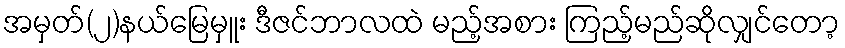
အမှတ်(၂)နယ်မြေမှူး ဒီဇင်ဘာလထဲ မည့်အစား ကြည့်မည်ဆိုလျှင်တော့